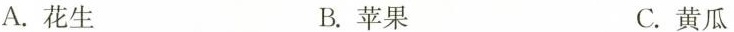
A.花生 B.苹果 C.黄瓜